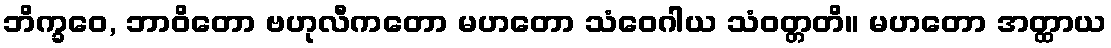
ဘိက္ခဝေ, ဘာဝိတော ဗဟုလီကတော မဟတော သံဝေဂါယ သံဝတ္တတိ။ မဟတော အတ္ထာယ